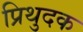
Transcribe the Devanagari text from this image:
प्रिथुदक